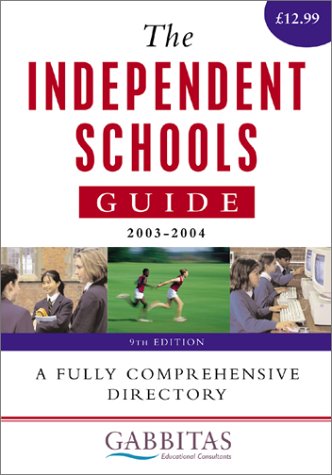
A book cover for The Independent Schools Guide 2003-2004; Test Preparation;